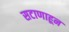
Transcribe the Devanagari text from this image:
सटाणाहून